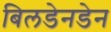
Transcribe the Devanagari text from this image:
बिलडेनडेन